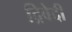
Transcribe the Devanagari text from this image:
द्रिवेदी